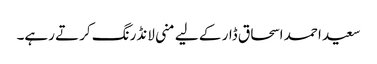
سعید احمد اسحاق ڈار کے لیے منی لانڈرنگ کرتے رہے۔